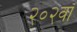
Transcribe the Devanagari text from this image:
२०२वॉ